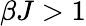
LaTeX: \beta J>1